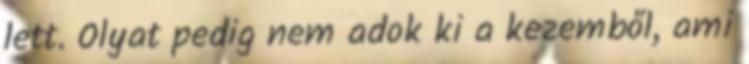
lett. Olyat pedig nem adok ki a kezemből, ami